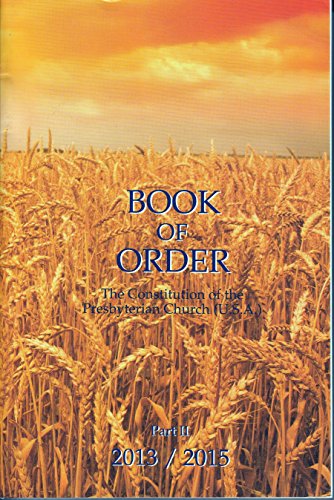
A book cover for Book of Order 2013-2015: Constitution of the Presbyterian Church; Christian Books & Bibles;